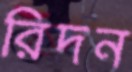
রিদন